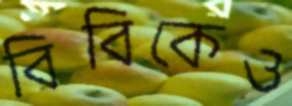
বিবিকেও